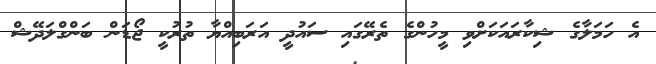
އެ ހަމަލާގެ ޝިކާރައަކަށްވި މީހުންގެ ތެރޭގައި ސައުދީ އަރަބިއްޔާ ތުރުކީ ޖޯޑަން ބަންގްލަދޭޝް